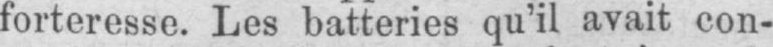
forteresse. Les batteries qu’il avait con-